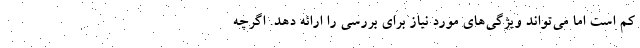
کم است اما می‌تواند ویژگی‌های مورد نیاز برای بررسی را ارائه دهد. اگرچه